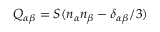
Q _ { \alpha \beta } = S ( n _ { \alpha } n _ { \beta } - \delta _ { \alpha \beta } / 3 )